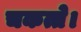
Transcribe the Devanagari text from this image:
चकत्ते।